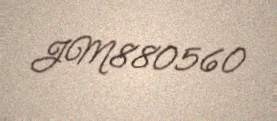
JM880560